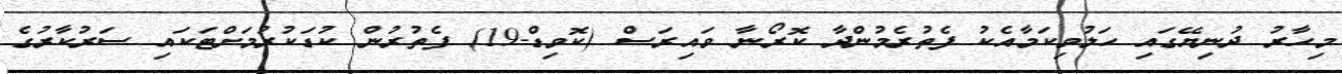
މިހާރު ދުނިޔޭގައި ހަލުވިކަމާއެކު ފެތުރެމުންދާ ކޮރޯނާ ވައިރަސް (ކޮވިޑް-19) ފެތުރުން ކުޑަކުރުމަށްޓަކައި ސަރުކާރުގެ